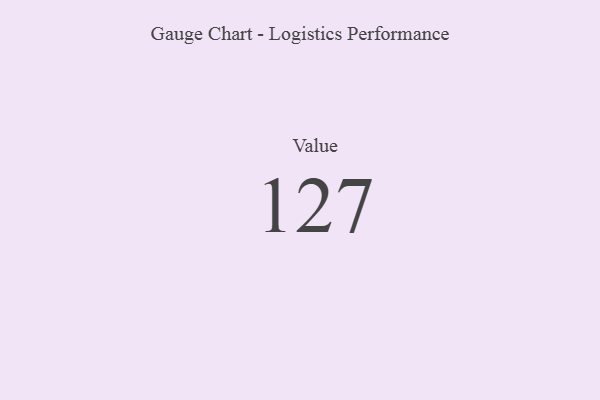
{"axis": {"x": "Metric", "y": "Value"}, "legend": [""], "data": [{"x": "Value", "y": 127, "type": ""}]}